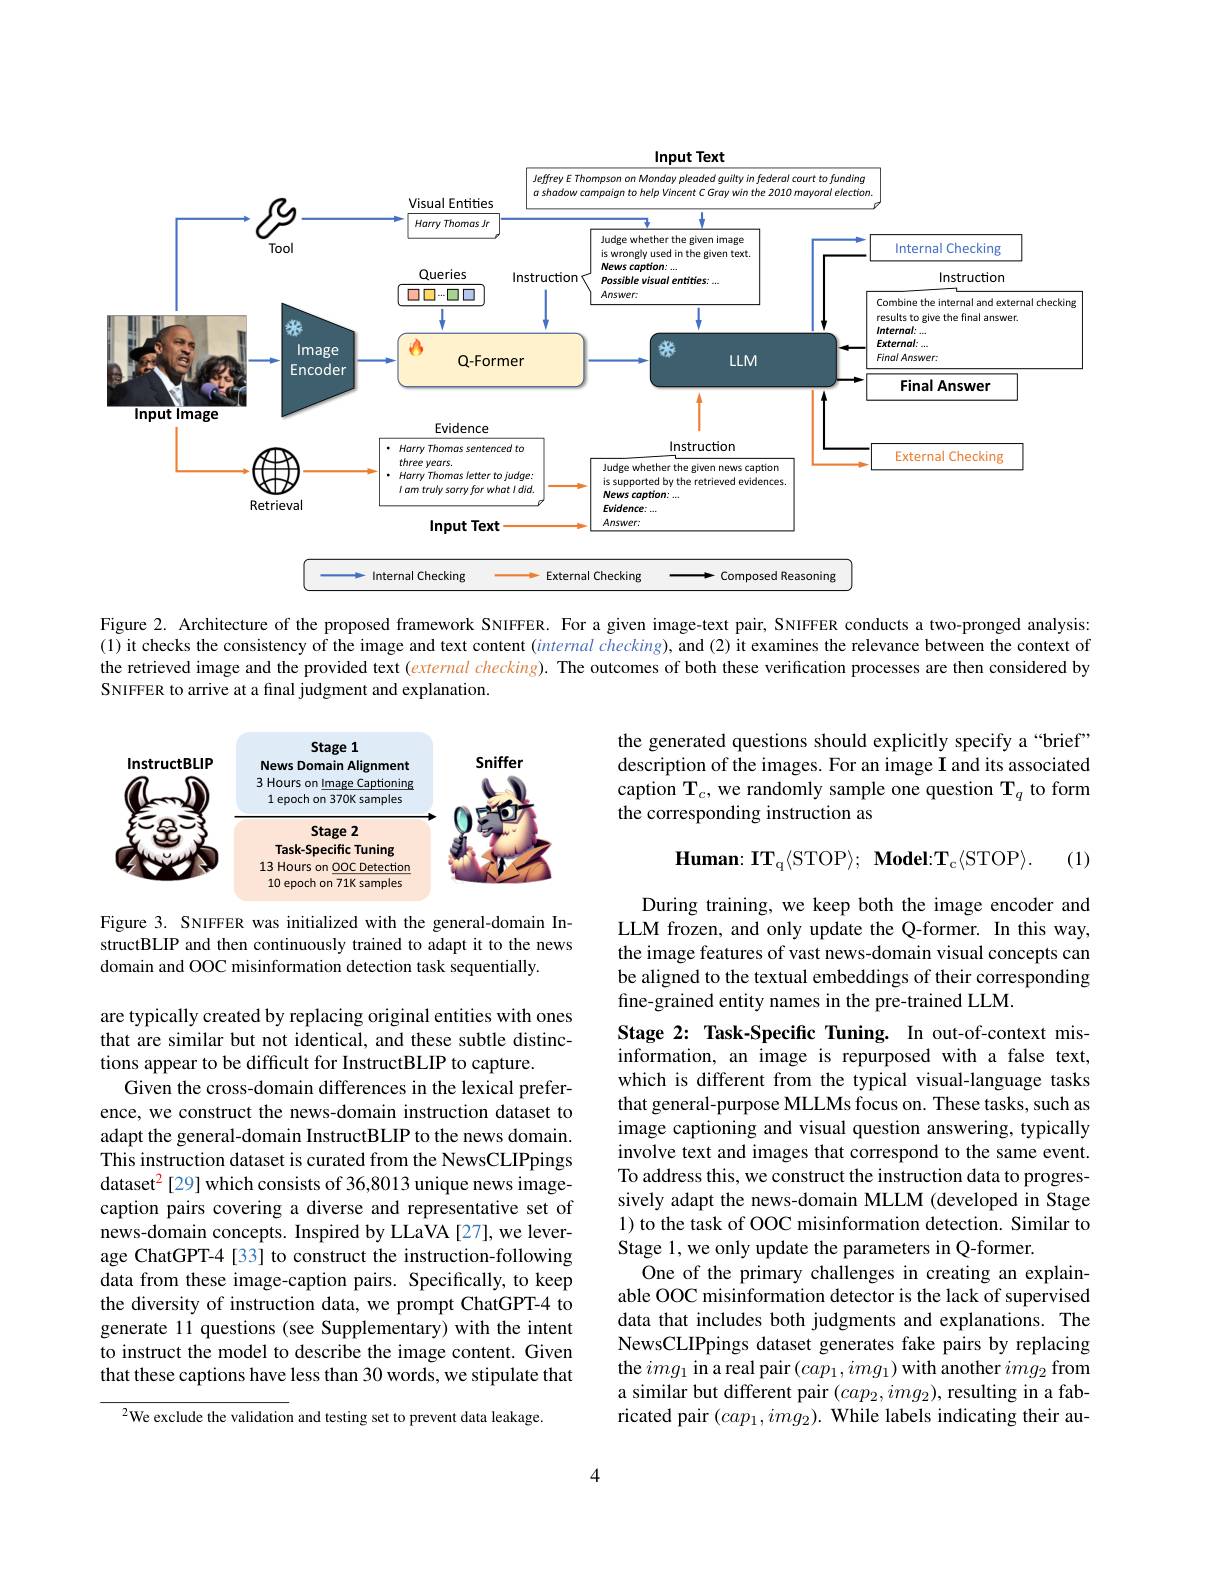
<FigureHere>

Figure 2. Architecture of the proposed framework SNIFFER. For a given image-text pair, SNIFFER conducts a two-pronged analysis: (1) it checks the consistency of the image and text content $( internal\textit{checking}) $,and ( 2) it examines the relevance between the context of the retrieved image and the provided text (external checking). The outcomes of both these verification processes are then considered by SNIFFER to arrive at a final judgment and explanation.

the generated questions should explicitly specify a“brief” description of the images. For an image I and its associated caption $\mathbf{T}_c$, we randomly sample one question $\mathbf{T}_q$ to form the corresponding instruction as

<FigureHere>
$$\mathbf{Human:IT_q}\langle\mathrm{STOP}\rangle;\:\mathbf{Model:T_c}\langle\mathrm{STOP}\rangle.$$
(1)

Figure 3. SNIFFER was initialized with the general-domain InstructBLIP and then continuously trained to adapt it to the news domain and OOC misinformation detection task sequentially.

During training, we keep both the image encoder and LLM frozen, and only update the Q-former. In this way, the image features of vast news-domain visual concepts can be aligned to the textual embeddings of their corresponding fine-grained entity names in the pre-trained LLM.

Stage 2: Task-Specific Tuning. In out-of-context misinformation, an image is repurposed with a false text, which is different from the typical visual-language tasks that general-purpose MLLMs focus on. These tasks, such as image captioning and visual question answering, typically involve text and images that correspond to the same event. To address this, we construct the instruction data to progressively adapt the news-domain MLLM (developed in Stage 1) to the task of OOC misinformation detection. Similar to Stage 1, we only update the parameters in Q-former.
One of the primary challenges in creating an explainable OOC misinformation detector is the lack of supervised data that includes both judgments and explanations. The NewsCLIPpings dataset generates fake pairs by replacing the $img_1$ in a real pair $(cap_1,img_1)$ with another $img_2$ from a similar but different pair $(cap_2,img_2)$, resulting in a fabricated pair $( cap_1, img_2) . \textbf{ While labels indicating their au- }$

are typically created by replacing original entities with ones that are similar but not identical, and these subtle distinctions appear to be difficult for InstructBLIP to capture.
Given the cross-domain differences in the lexical preference, we construct the news-domain instruction dataset to adapt the general-domain InstructBLIP to the news domain. This instruction dataset is curated from the NewsCLIPpings dataset$^{2}$[29] which consists of 36,8013 unique news imagecaption pairs covering a diverse and representative set of news-domain concepts. Inspired by LLaVA [27], we leverage ChatGPT-4 [33] to construct the instruction-following data from these image-caption pairs. Specifically, to keep the diversity of instruction data, we prompt ChatGPT-4 to generate 11 questions (see Supplementary) with the intent to instruct the model to describe the image content. Given that these captions have less than 30 words, we stipulate that

$^{2}$We exclude the validation and testing set to prevent data leakage.

4